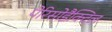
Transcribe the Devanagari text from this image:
पेरिसोडैक्टिल